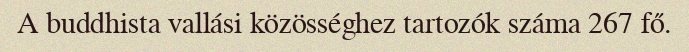
A buddhista vallási közösséghez tartozók száma 267 fő.